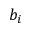
b _ { i }